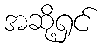
အဆို့ရှင်